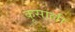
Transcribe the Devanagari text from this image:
कूसाल्ली